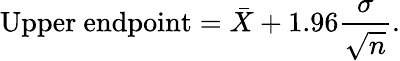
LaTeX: {\mathrm{Upper~endpoint}}={\bar{X}}+1.96{\frac{\sigma}{\sqrt{n}}}.